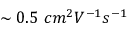
\sim 0 . 5 \ c m ^ { 2 } V ^ { - 1 } s ^ { - 1 }